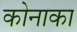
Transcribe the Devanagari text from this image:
कोनाका